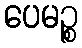
ပေမဉ္စ